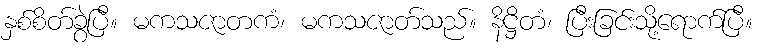
နှစ်စိတ်ခွဲပြီ။ မကသဇာတကံ၊ မကသဇာတ်သည်။ နိဋ္ဌိတံ၊ ပြီးခြင်းသို့ရောက်ပြီ။